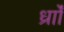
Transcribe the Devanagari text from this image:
र्ध्रााेंं